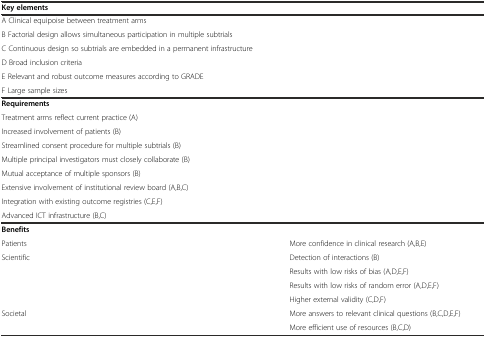
<table><thead><tr><td colspan="2"><b>Key elements</b></td></tr></thead><tbody><tr><td colspan="2">A Clinical equipoise between treatment arms</td></tr><tr><td colspan="2">B Factorial design allows simultaneous participation in multiple subtrials</td></tr><tr><td colspan="2">C Continuous design so subtrials are embedded in a permanent infrastructure</td></tr><tr><td colspan="2">D Broad inclusion criteria</td></tr><tr><td colspan="2">E Relevant and robust outcome measures according to GRADE</td></tr><tr><td colspan="2">F Large sample sizes</td></tr><tr><td colspan="2"><b>Requirements</b></td></tr><tr><td colspan="2">Treatment arms reflect current practice (A)</td></tr><tr><td colspan="2">Increased involvement of patients (B)</td></tr><tr><td colspan="2">Streamlined consent procedure for multiple subtrials (B)</td></tr><tr><td colspan="2">Multiple principal investigators must closely collaborate (B)</td></tr><tr><td colspan="2">Mutual acceptance of multiple sponsors (B)</td></tr><tr><td colspan="2">Extensive involvement of institutional review board (A,B,C)</td></tr><tr><td colspan="2">Integration with existing outcome registries (C,E,F)</td></tr><tr><td colspan="2">Advanced ICT infrastructure (B,C)</td></tr><tr><td colspan="2"><b>Benefits</b></td></tr><tr><td>Patients</td><td>More confidence in clinical research (A,B,E)</td></tr><tr><td>Scientific</td><td>Detection of interactions (B)</td></tr><tr><td></td><td>Results with low risks of bias (A,D,E,F)</td></tr><tr><td></td><td>Results with low risks of random error (A,D,E,F)</td></tr><tr><td></td><td>Higher external validity (C,D,F)</td></tr><tr><td>Societal</td><td>More answers to relevant clinical questions (B,C,D,E,F)</td></tr><tr><td></td><td>More efficient use of resources (B,C,D)</td></tr></tbody></table>